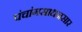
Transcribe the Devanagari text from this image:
पंचांगसाधनसार